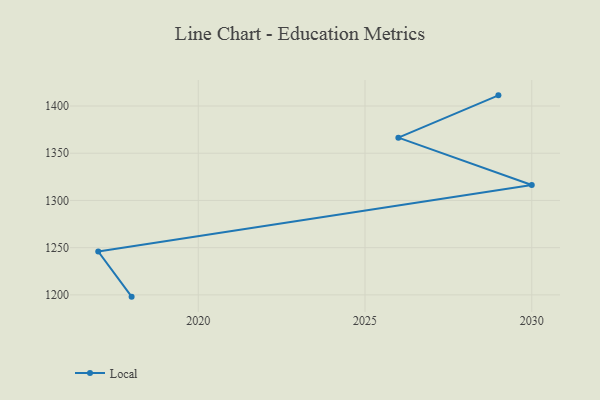
{"axis": {"x": "Year", "y": "Shipments"}, "legend": ["Local"], "data": [{"x": "2029", "y": 1411.3, "type": "Local"}, {"x": "2026", "y": 1366.5, "type": "Local"}, {"x": "2030", "y": 1316.4, "type": "Local"}, {"x": "2017", "y": 1245.8, "type": "Local"}, {"x": "2018", "y": 1198.1, "type": "Local"}]}